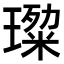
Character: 𭹷